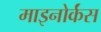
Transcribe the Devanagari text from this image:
माइनोर्कंस